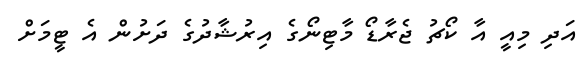
އަދި މިއީ އާ ކޯޗު ޖެރާޑޯ މާޓިނޯގެ އިރުޝާދުގެ ދަށުން އެ ޓީމަށް